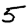
Digit: 5